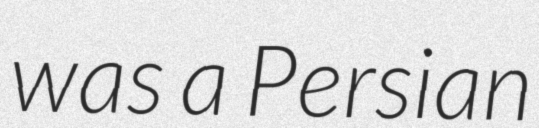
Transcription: was a Persian